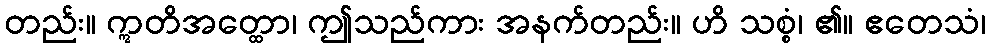
တည်း။ ဣတိအတ္ထော၊ ဤသည်ကား အနက်တည်း။ ဟိ သစ္စံ၊ ၏။ ဧတေသံ၊